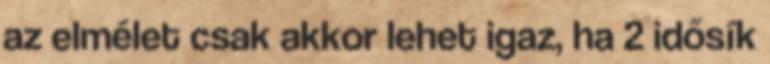
az elmélet csak akkor lehet igaz, ha 2 idősík